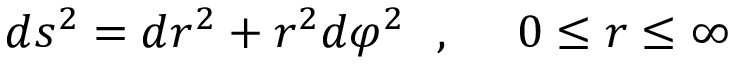
d s ^ { 2 } = d r ^ { 2 } + r ^ { 2 } d \varphi ^ { 2 } ~ ~ , ~ ~ ~ ~ 0 \leq r \leq \infty